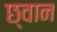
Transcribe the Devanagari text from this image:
छ्वान